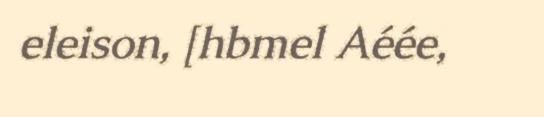
eleison, [hbmel Aéée,